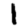
Digit: 1